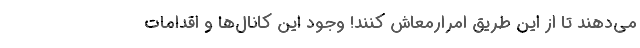
مي‌دهند تا از اين طريق امرارمعاش كنند! وجود اين كانال‌ها و اقدامات